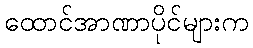
ထောင်အာဏာပိုင်များက